Annual report on the working of the lock hospitals in the Central Provinces
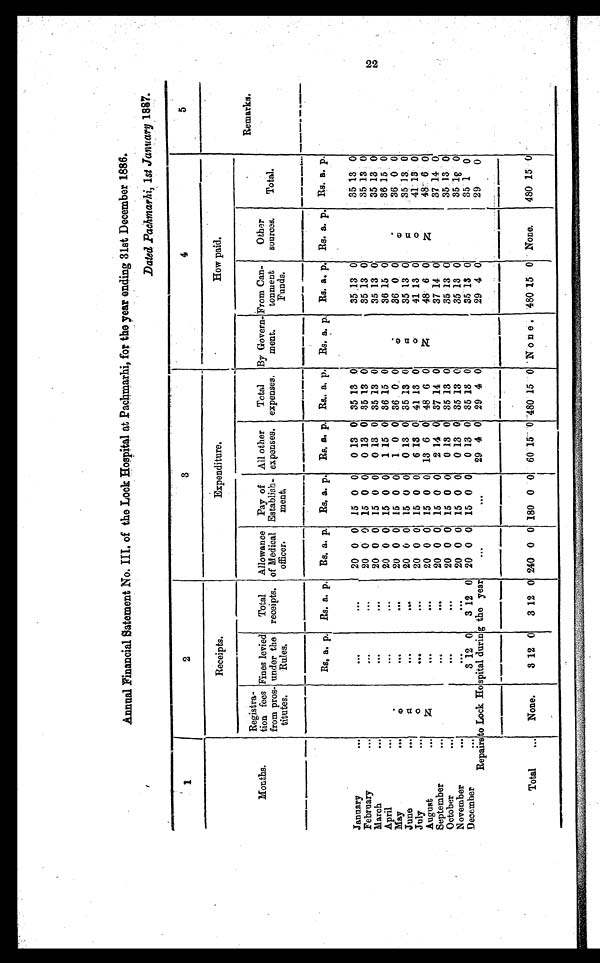
Annual Financial Satement No. III. of the Lock Hospital at Pachmarhi, for the year ending 31st December 1886.
Dated Pachmarhi, 1st January 1887.
1
2
3
4
5
Receipts.
Expenditure.
How paid.
Months.
Registra
tion fees
from pros
titutes.
Fines levied
under the
Rules.
Total
receipts.
Allowance
of Medical
officer.
Pay of
Establish
ment.
All other
expenses.
Total
expenses.
By Govern
ment.
From Can
tonmen
t Funds.
Other
sources.
Total .
Remarks.
Rs. a. p. Rs. a. p. Rs. a. p. Rs. a. p. Rs. a. p. Rs. a. p. Rs. a. p. Rs. a. p. Rs. a. p. Rs. a. p.
January
. . .
N o n e .
. . .
. . .
20 0 0 15 0 0
0 13 0 35 13 0
N o n e .
35
1 3
0
N o n e .
35 13 0
February
. . .
. . .
. . .
20 0 0 15 0 0
0 13 0 35 13 0
35 13 0
35 13 0
March
. . .
. . .
. . .
20 0 0 15 0 0
0 13 0 35 13 0
35 13 0
35 13 0
April
. . .
. . .
. . .
20 0 0 15 0 0
1 15 0 36 15 0
36 15 0
36 15 0
May
...
. . .
. . .
20 0 0 15 0 0
1 0 0 36 0 0
36 0 0
36 0 0
June
...
. . .
. . .
20 0 0
15 0 0
0 13 0 35 13 0
35 13 0
35 13 0
July ...
. . .
. . .
20 0 0 15 0 0
6
1 3
0 41 13 0
41 13 0
41
1 3 0
A u g u s t . . .
. . .
. . .
20 0 0 15 0 0
13 6 0 48 6 0
48 6 0
48 6 0
September ...
. . .
. . .
20 0 0 15 0 0
2 14 0 37 14 0
37 14 0
37 14 0
October
. . .
. . .
. . .
20 0 0 15 0 0
0 13 0 35 13 0
35 13 0
35
1 3 0
November
. . .
. . .
. . .
20 0 0 15 0 0
0 13 0 35 13 0
35 13 0
35 13 0
December
...
3 12 0
3 12 0 20 0 0 15 0 0
0 13 0 35 13 0
35 13 0
35 1
0
Repairs to Lock Hospital during the year
. . .
...
. . .
. . .
...
. . .
29 4 0 29 4 0
29 4 0
29
0
Total
. . .
N o n e .
3 12 0
3 12 0 240 0 0 180
0
0
6 0
15
0
480 15 0
None.
480 15 0 None.
480 15 0
22